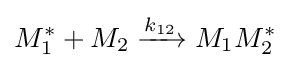
M_{1}^{*}+M_{2}\xrightarrow {k_{12}} M_{1}M_{2}^{*}